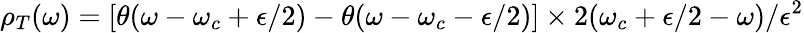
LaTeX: \rho_{T}(\omega)=[\theta(\omega-\omega_{c}+\epsilon/2)-\theta(\omega-\omega_{c}-\epsilon/2)]\times 2(\omega_{c}+\epsilon/2-\omega)/\epsilon^{2}